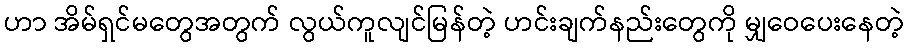
ဟာ အိမ်ရှင်မတွေအတွက် လွယ်ကူလျင်မြန်တဲ့ ဟင်းချက်နည်းတွေကို မျှဝေပေးနေတဲ့